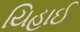
યિહાઈ